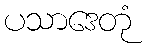
ပသာဒေတုံ